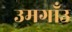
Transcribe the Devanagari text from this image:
उमगाँउ